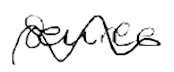
Text: source
Cross-out: wave
Writing tool: digital_black